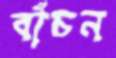
বাঁচন